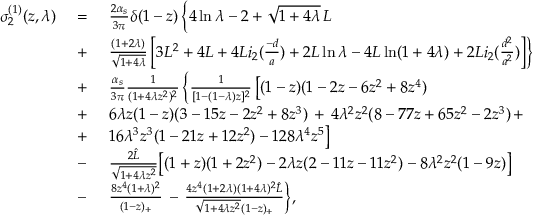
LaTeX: \begin{array} { l l l } { { \sigma _ { 2 } ^ { ( 1 ) } ( z , \lambda ) \ } } & { { = \ } } & { { \frac { 2 \alpha _ { s } } { 3 \pi } \delta ( 1 - z ) \, \biggl \{ 4 \ln \lambda - 2 + \sqrt { 1 + 4 \lambda } \, L } } \\ { { } } & { { + } } & { { \frac { ( 1 + 2 \lambda ) } { \sqrt { 1 + 4 \lambda } } \left[ 3 L ^ { 2 } + 4 L + 4 L i _ { 2 } ( \frac { - d } { a } ) + 2 L \ln \lambda - 4 L \ln ( 1 + 4 \lambda ) + 2 L i _ { 2 } ( \frac { d ^ { 2 } } { a ^ { 2 } } ) \right] \biggr \} \, } } \\ { { } } & { { + } } & { { \frac { \alpha _ { s } } { 3 \pi } \frac { 1 } { ( 1 + 4 \lambda z ^ { 2 } ) ^ { 2 } } \, \biggl \{ \frac { 1 } { [ 1 - ( 1 - \lambda ) z ] ^ { 2 } } \, \bigl [ ( 1 - z ) ( 1 - 2 z - 6 z ^ { 2 } + 8 z ^ { 4 } ) \, } } \\ { { } } & { { + } } & { { 6 \lambda z ( 1 - z ) ( 3 - 1 5 z - 2 z ^ { 2 } + 8 z ^ { 3 } ) \, + \, 4 \lambda ^ { 2 } z ^ { 2 } ( 8 - 7 7 z + 6 5 z ^ { 2 } - 2 z ^ { 3 } ) \, + } } \\ { { } } & { { + } } & { { 1 6 \lambda ^ { 3 } z ^ { 3 } ( 1 - 2 1 z + 1 2 z ^ { 2 } ) - 1 2 8 \lambda ^ { 4 } z ^ { 5 } \bigr ] } } \\ { { } } & { { - } } & { { \frac { 2 \hat { L } } { \sqrt { 1 + 4 \lambda z ^ { 2 } } } \bigl [ ( 1 + z ) ( 1 + 2 z ^ { 2 } ) - 2 \lambda z ( 2 - 1 1 z - 1 1 z ^ { 2 } ) - 8 \lambda ^ { 2 } z ^ { 2 } ( 1 - 9 z ) \bigr ] } } \\ { { } } & { { - } } & { { \frac { 8 z ^ { 4 } ( 1 + \lambda ) ^ { 2 } } { ( 1 - z ) _ { + } } \, - \, \frac { 4 z ^ { 4 } ( 1 + 2 \lambda ) ( 1 + 4 \lambda ) ^ { 2 } \hat { L } } { \sqrt { 1 + 4 \lambda z ^ { 2 } } ( 1 - z ) _ { + } } \biggr \} , } } \end{array}